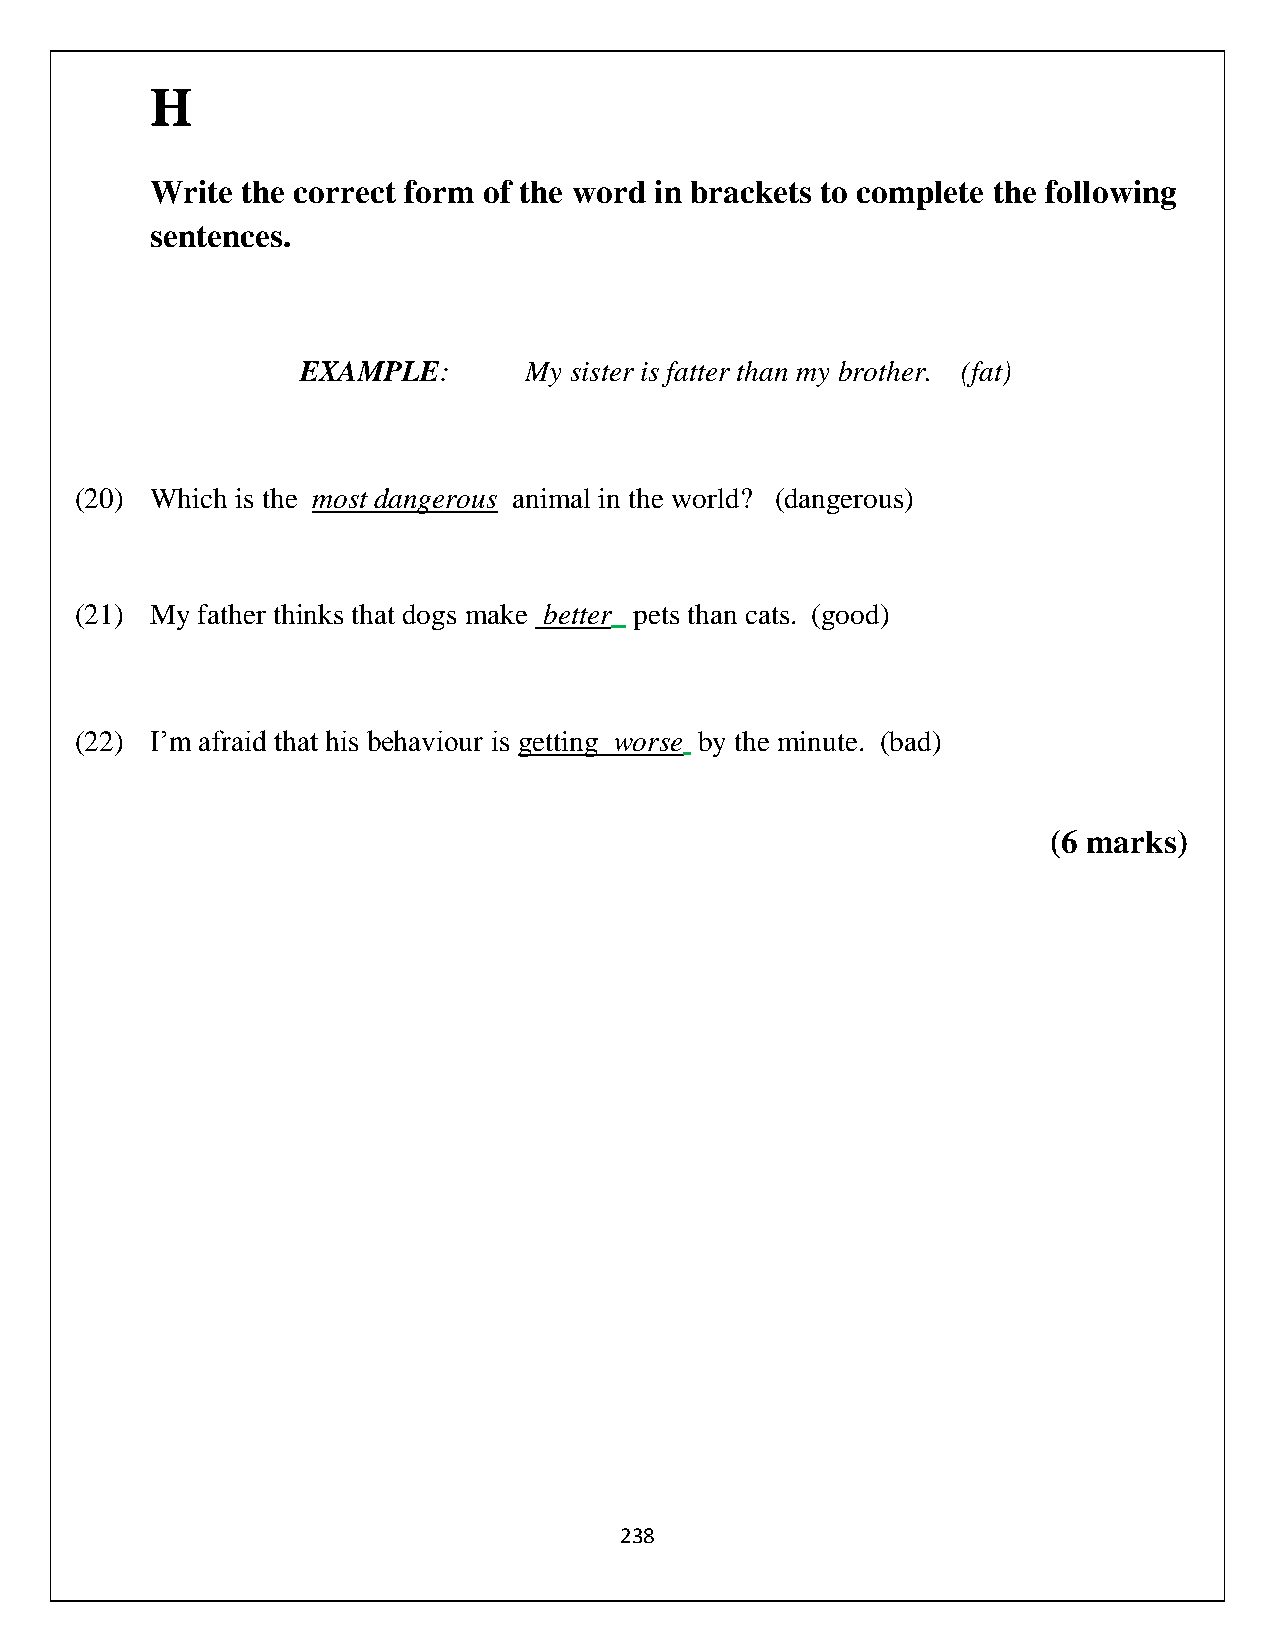
H
 Write the correct form of the word in brackets to complete the following
 sentences.
 EXAMPLE:       My sister is fatter than my brother. (fat)
 (20) Which is the most dangerous animal in the world? (dangerous)
 (21) My father thinks that dogs make better pets than cats. (good)
 (22) I’m afraid that his behaviour is getting worse by the minute. (bad)
 (6 marks)
 238